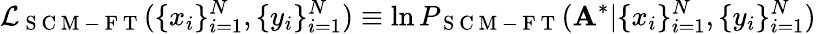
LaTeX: \mathcal{L}_{\mathrm{~S~C~M~-~F~T~}}(\{ x_{i}\} _{i=1}^{N},\{ y_{i}\} _{i=1}^{N})\equiv\ln P_{\mathrm{~S~C~M~-~F~T~}}(\mathbf{A}^{*}|\{ x_{i}\} _{i=1}^{N},\{ y_{i}\} _{i=1}^{N})